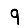
Digit: 9